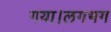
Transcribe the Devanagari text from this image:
गया।लगभग